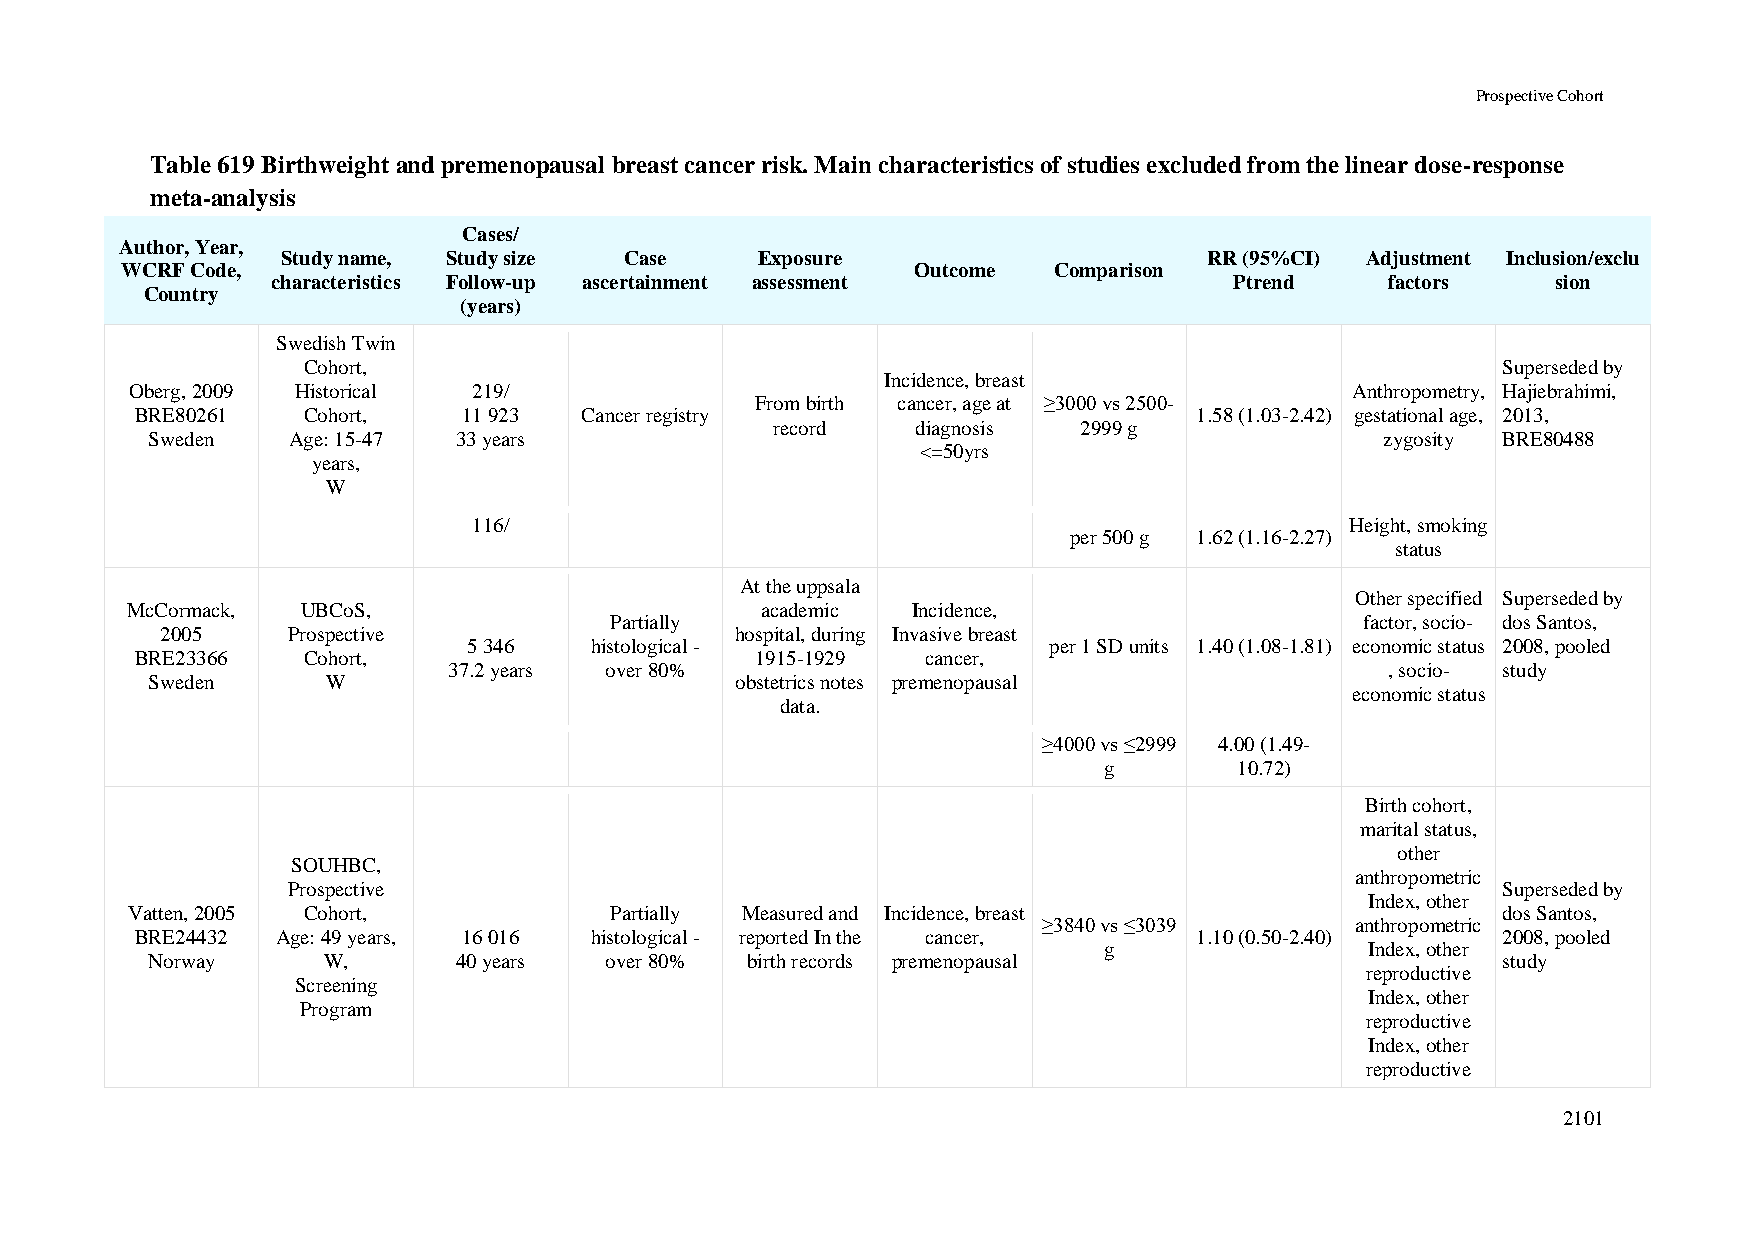
Prospective Cohort
 Table 619 Birthweight and premenopausal breast cancer risk. Main characteristics of studies excluded from the linear dose-response
 meta-analysis
 Cases/
 Author, Year,
 Study name, Study size Case    Exposure                      RR (95%CI) Adjustment Inclusion/exclu
 WCRF Code,                                           Outcome  Comparison
 characteristics Follow-up ascertainment assessment              Ptrend    factors    sion
 Country
 (years)
 Swedish Twin
 Cohort,                                                                        Superseded by
 Incidence, breast
 Oberg, 2009 Historical 219/                                                     Anthropometry, Hajiebrahimi,
 From birth cancer, age at ≥3000 vs 2500-
 BRE80261   Cohort,    11 923 Cancer registry                          1.58 (1.03-2.42) gestational age, 2013,
 record    diagnosis  2999 g
 Sweden   Age: 15-47 33 years                                                      zygosity BRE80488
 <=50yrs
 years,
 W
 116/                                                      Height, smoking
 per 500 g 1.62 (1.16-2.27)
 status
 At the uppsala
 Other specified Superseded by
 McCormack,  UBCoS,                        academic  Incidence,
 Partially                                         factor, socio- dos Santos,
 2005    Prospective                   hospital, during Invasive breast
 5 346   histological -                per 1 SD units 1.40 (1.08-1.81) economic status 2008, pooled
 BRE23366   Cohort,                       1915-1929  cancer,
 37.2 years over 80%                                           , socio- study
 Sweden      W                          obstetrics notes premenopausal
 economic status
 data.
 ≥4000 vs ≤2999 4.00 (1.49-
 g        10.72)
 Birth cohort,
 marital status,
 other
 SOUHBC,
 anthropometric
 Prospective                                                                     Superseded by
 Index, other
 Vatten, 2005 Cohort,            Partially Measured and Incidence, breast                   dos Santos,
 ≥3840 vs ≤3039       anthropometric
 BRE24432 Age: 49 years, 16 016 histological - reported In the cancer, 1.10 (0.50-2.40)    2008, pooled
 g                 Index, other
 Norway     W,       40 years  over 80% birth records premenopausal                       study
 reproductive
 Screening
 Index, other
 Program
 reproductive
 Index, other
 reproductive
 2101